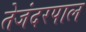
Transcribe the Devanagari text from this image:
तेजंदरपाल